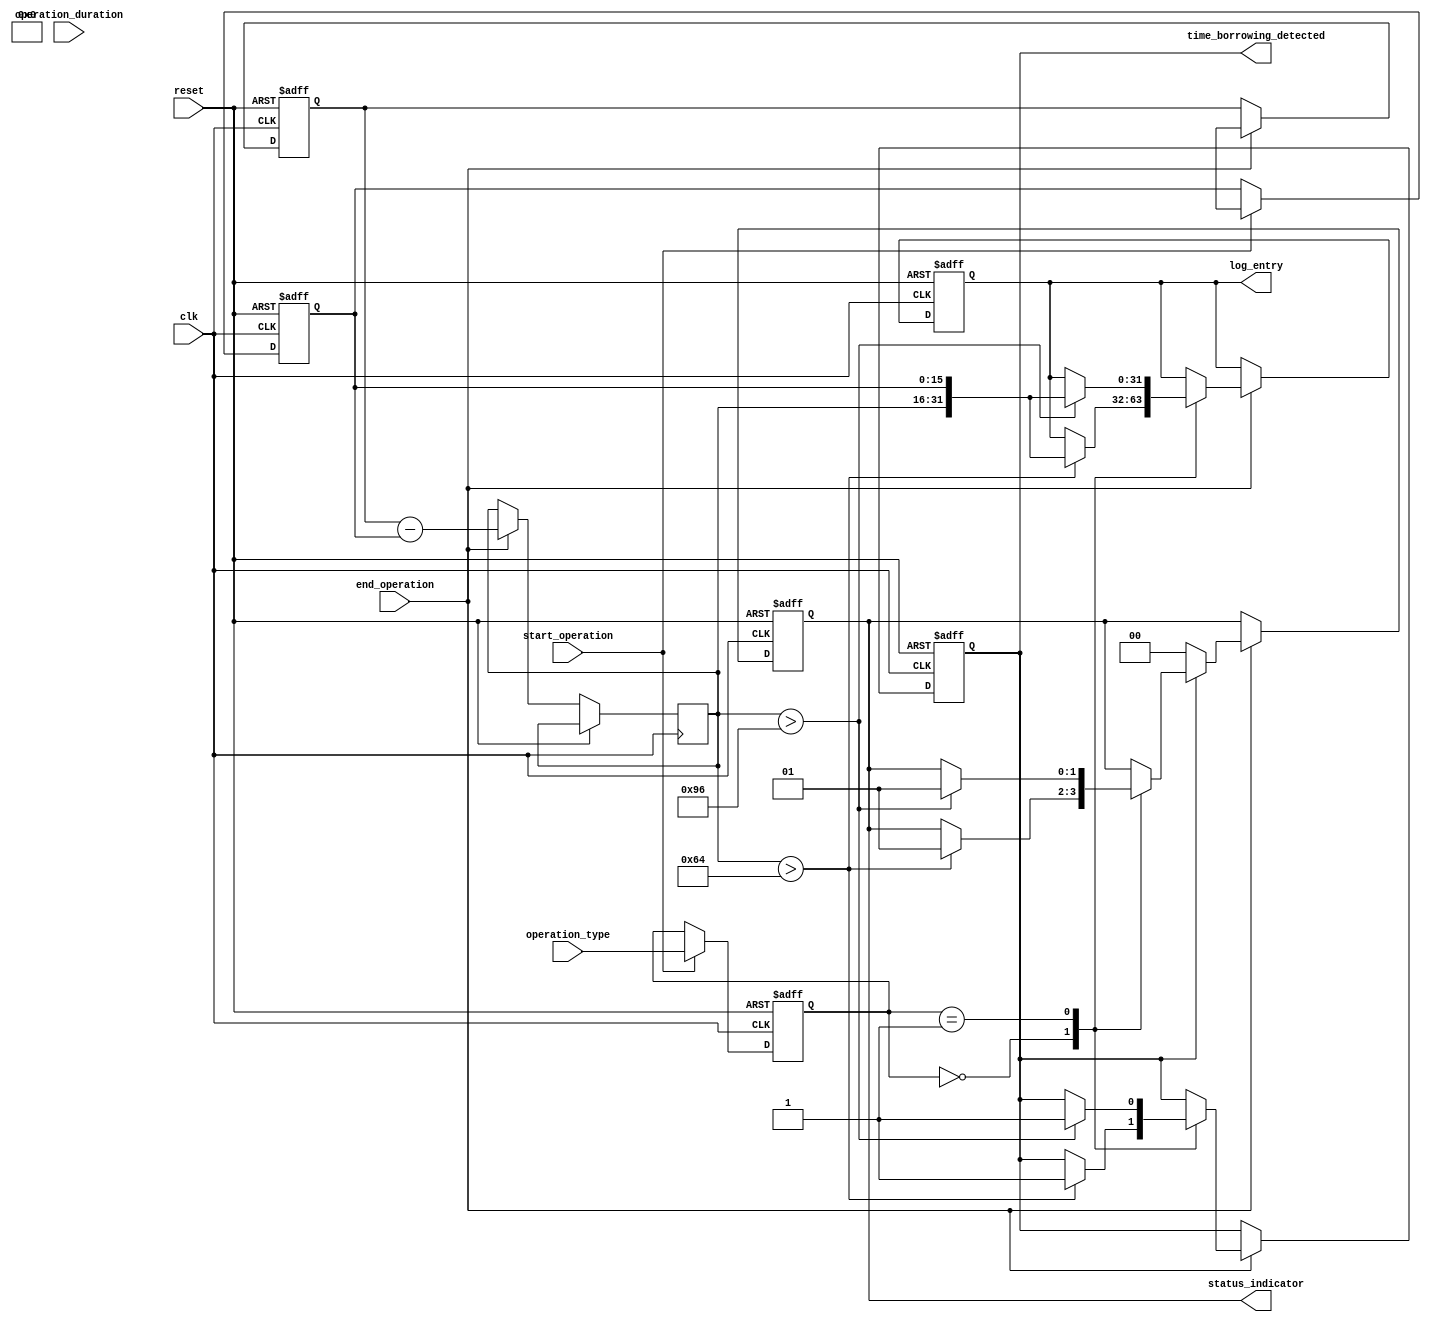
module TimeBorrowingDetector (
    input wire clk,                   // System clock
    input wire reset,                 // Reset signal
    input wire start_operation,       // Signal indicating the start of a memory operation
    input wire end_operation,         // Signal indicating the end of a memory operation
    input wire [1:0] operation_type,  // Type of operation (00: Read, 01: Write, etc.)
    input wire [15:0] operation_duration, // Duration of the operation
    output reg time_borrowing_detected, // Time borrowing event flag
    output reg [31:0] log_entry,      // Log entry for detected events
    output reg [1:0] status_indicator   // Status indicator: 0 - No issue, 1 - Time borrowing detected
);

// Parameters
parameter MAX_DURATION_READ  = 16'd100; // Maximum allowed duration for read operations
parameter MAX_DURATION_WRITE = 16'd150; // Maximum allowed duration for write operations

// Internal signals
reg [15:0] start_timestamp;
reg [15:0] end_timestamp;
reg [15:0] duration;
reg [1:0] current_operation_type;

// State machine for operation monitoring
always @(posedge clk or posedge reset) begin
    if (reset) begin
        time_borrowing_detected <= 1'b0;
        log_entry <= 32'b0;
        status_indicator <= 2'b00;
        start_timestamp <= 16'b0;
        end_timestamp <= 16'b0;
        current_operation_type <= 2'b00;
    end else begin
        if (start_operation) begin
            start_timestamp <= $time; // Capture the start timestamp
            current_operation_type <= operation_type; // Store the current operation type
        end
        
        if (end_operation) begin
            end_timestamp <= $time; // Capture the end timestamp
            duration <= end_timestamp - start_timestamp; // Calculate duration
            
            // Check against timing constraints
            case (current_operation_type)
                2'b00: begin // Read operation
                    if (duration > MAX_DURATION_READ) begin
                        time_borrowing_detected <= 1'b1;
                        log_entry <= {current_operation_type, duration, start_timestamp}; // Log entry
                        status_indicator <= 2'b01; // Time borrowing detected
                    end
                end
                2'b01: begin // Write operation
                    if (duration > MAX_DURATION_WRITE) begin
                        time_borrowing_detected <= 1'b1;
                        log_entry <= {current_operation_type, duration, start_timestamp}; // Log entry
                        status_indicator <= 2'b01; // Time borrowing detected
                    end
                end
                default: begin
                    // Handle other types or do nothing
                end
            endcase
            
            // Reset the detector if no violation
            if (!time_borrowing_detected) begin
                status_indicator <= 2'b00; // No issues
            end
        end
    end
end

endmodule